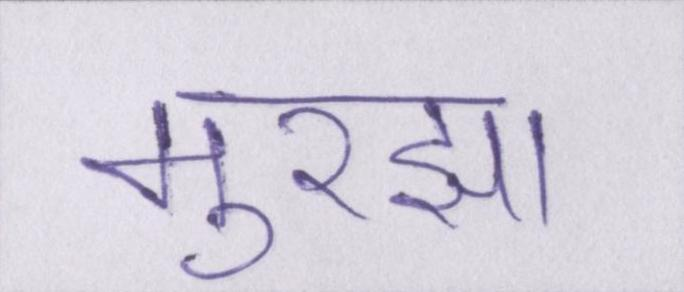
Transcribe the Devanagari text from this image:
मुरझा